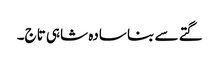
گتے سے بنا سادہ شاہی تاج۔